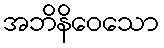
အဘိနိဝေသော